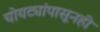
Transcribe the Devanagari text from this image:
चोयट्यांपासूनही